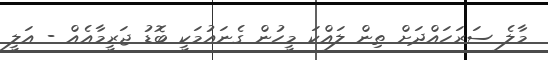
މާލެ ސަރަހައްދަށް ތިން ލައްކަ މީހުން ގެނައުމަކީ ބޮޑު ޖަރީމާއެއް - އަލީ